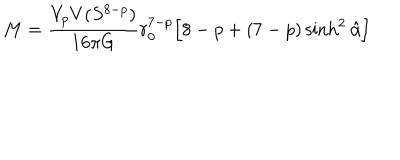
M = \frac { V _ { p } V ( S ^ { 8 - p } ) } { 1 6 \pi G } r _ { 0 } ^ { 7 - p } \Big [ 8 - p + ( 7 - p ) \sinh ^ { 2 } \hat { \alpha } \Big ]